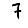
Digit: 7